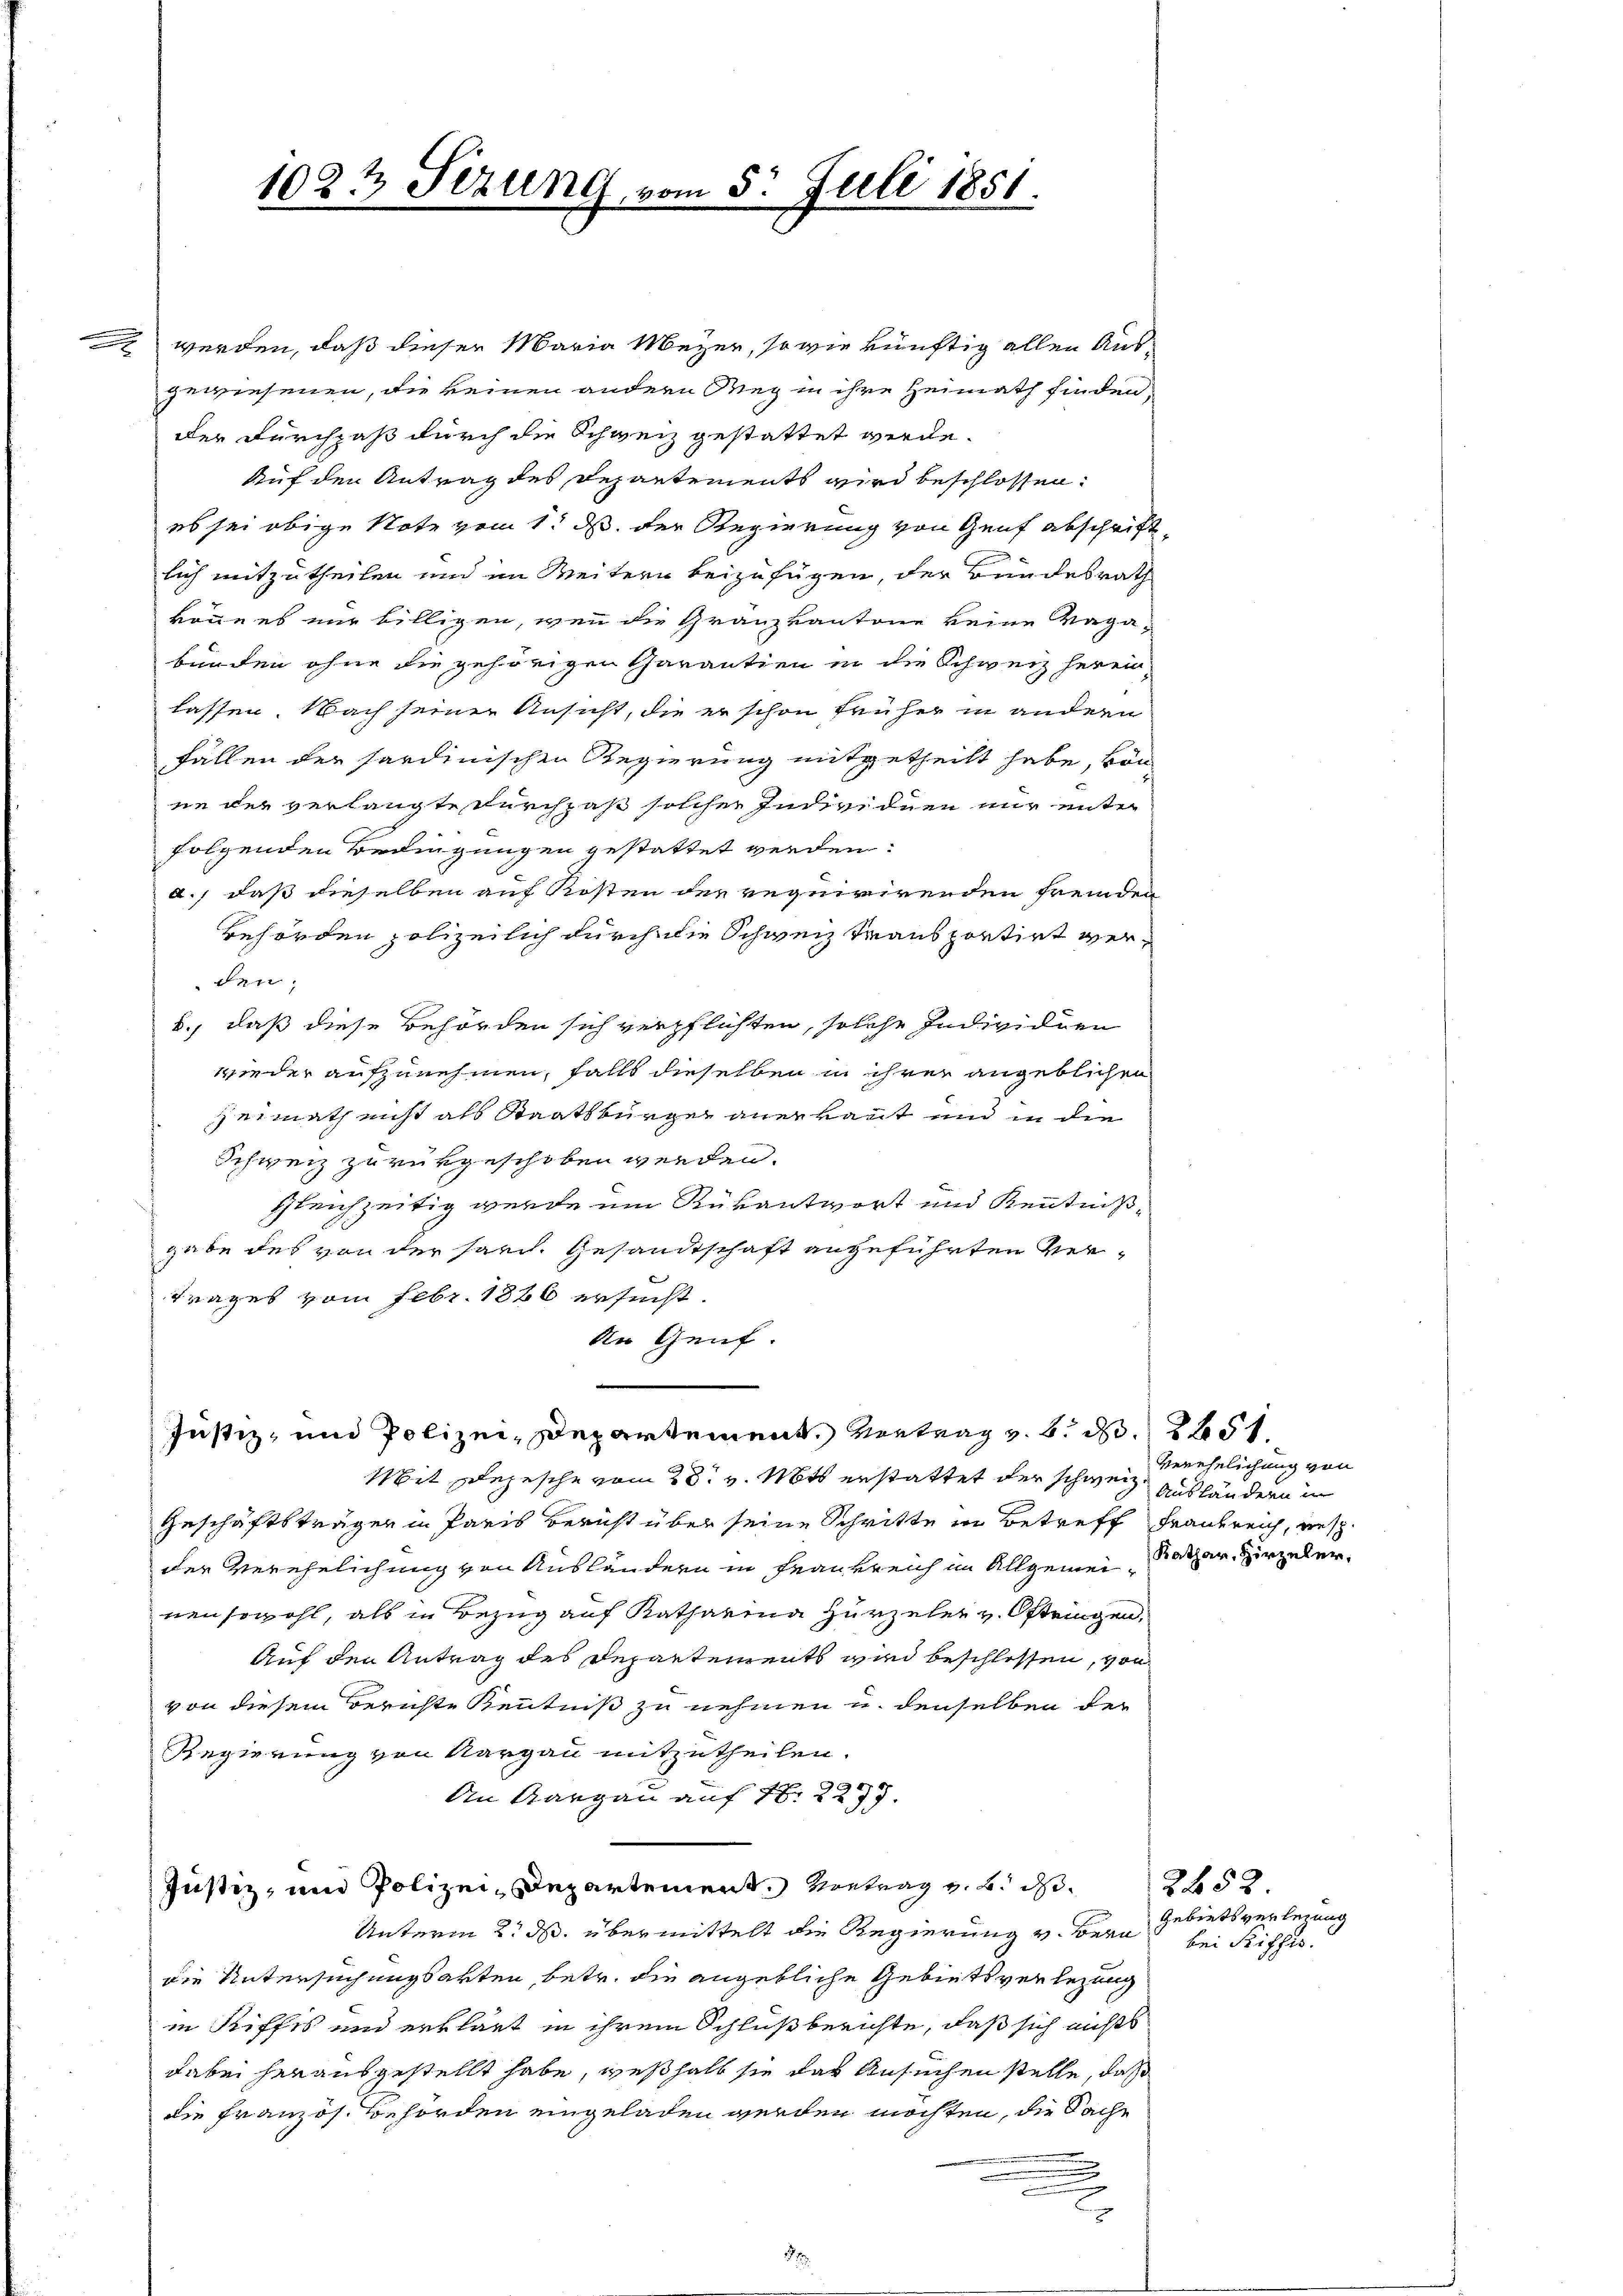
werden, daß dieser Maria Meyer, so wie künftig allen Ausgewiesenen, die keinen andern Weg in ihre Heimath finden,
der Durchpaß durch die Schweiz gestattet werde.
Auf den Antrag des Departements wird beschlossen.
es sei obige Note vom 1. ds. der Regierung von Genf abschrift
lich mitzutheilen und im Weitern beizufügen, der Bundesrath
könne es nur billigen, wenn die Granzkantone keine Vagabunden ohne die gehörigen Garantien in die Schweiz heren
lassen. Nach seiner Ansicht, die er schon früher in andern
fällen der sardinischen Regierung mitgetheilt habe, kön
ne der verlangte durchpaß solcher Individuen nur unter
folgenden Bedingungen gestattet werden.
a.) daß dieselben auf Kosten der requirirenden fremden
Behörden polizeilich durch die Schweiz transportirt werden.
B., daß diese Behörden sich verpflichten, solche Individuen
wieder aufzunehmen, falls dieselben in ihrer angeblichen
Heimath nicht als Staatsbürger anerkannt und in die
Schweiz zu vergeschoben werden.
gleichzeitig wurde um Rükantwort und Kenntnißgabe des von der sarch. Gesandtschaft angeführten Ver-
Trages vom Febr. 1826 ersucht.
An Genf.

102 t Sezung.

Justiz- und Polizei-Departement. Vertrag v. 6. d. 2651.
Mit Depesche vom 28t v. Mts erstattet der schweiz. Ausländern in

Juli 1851.

Geschäftsträger in Paris Bericht über seine Schritte in Betreff Frankreich, wes
der Verehelichung von Ausländern in Frankreich im Allgemein Pater, Hirzelei
nen sowohl, als in Bezug auf Katharina Hurzeler v. Oftringen,
Auf den Antrag des Departements wird beschlossen, von
von diesem Berichte Kenntniß zu nehmen u. denselben der
Regierung von Aargau mitzutheilen.
An Aargau auf 1. 2279.
Justiz, und Polizei-Departement. Vortrag v. B. d.
Unterm 2. ds. übermittelt die Regierung v. Bern
die Untersuchungsarten, betr. die angebliche Gebietsverlegung
in Riffes und erklärt in ihrem Schlußberichte, daß sich nichts
dabei herausgestellt habe, weßhalb sie das Ansuchen stelle, daß
die Französ. Behörden eingeladen werden möchten, die Sache
u
x

verehelichung von

2452.
Gebietsverlegung
bei Richis.